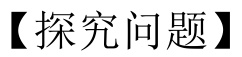
【探究问题】